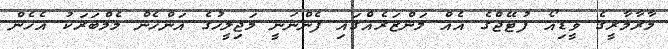
މާރާމާރީގެ ވީޑިއޯ ފުޓޭޖްގެ އެއް މަންޒަރެއްގައި ފެންނަނީ މަޖިލީހުގެ އަންހެން މެމްބަރަކު އެހެން